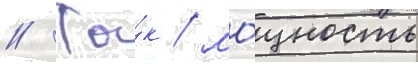
// Та́к / мо́щность